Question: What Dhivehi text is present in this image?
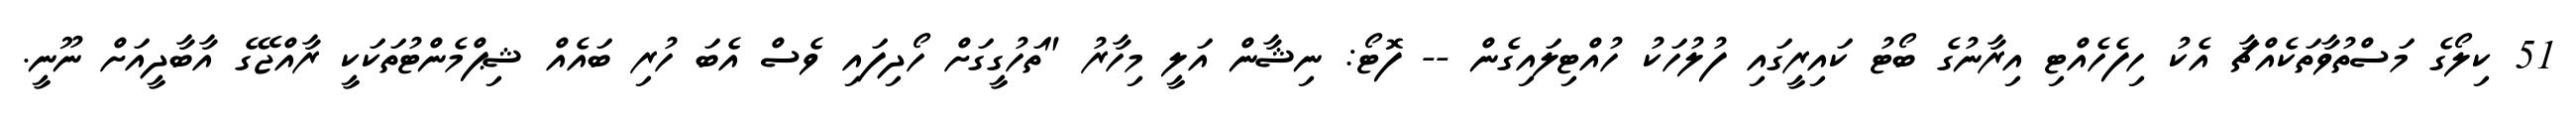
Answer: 51 ކިލޯގެ މަސްތުވާތަކެއްޗާ އެކު ހިފެހެއްޓި އިރާނުގެ ބޯޓު ކައިރީގައި ފުލުހަކު ހުއްޓިލައިގެން -- ފޮޓޯ: ނިޝާން އަލީ މިހާރު "ތަހުގީގަށް ހޯދިފައި ވެސް އެބަ ހުރި ބައެއް ޝިޕްމެންޓުތަކަކީ ރާއްޖޭގެ އާބާދީއަށް ނޫނީ.